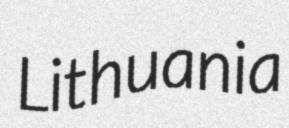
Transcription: Lithuania